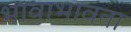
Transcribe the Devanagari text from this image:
भावाभावता